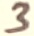
Text: 3